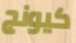
كيونج